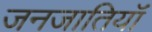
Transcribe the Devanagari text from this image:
जनजातियॉं